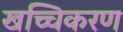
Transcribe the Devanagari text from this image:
खच्चिकरण